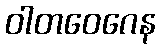
ဝါတဝေဂေန